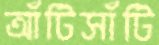
আঁটিসাঁটি